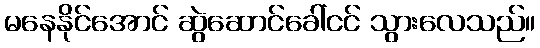
မနေနိုင်အောင် ဆွဲဆောင်ခေါ်ငင် သွားလေသည်။